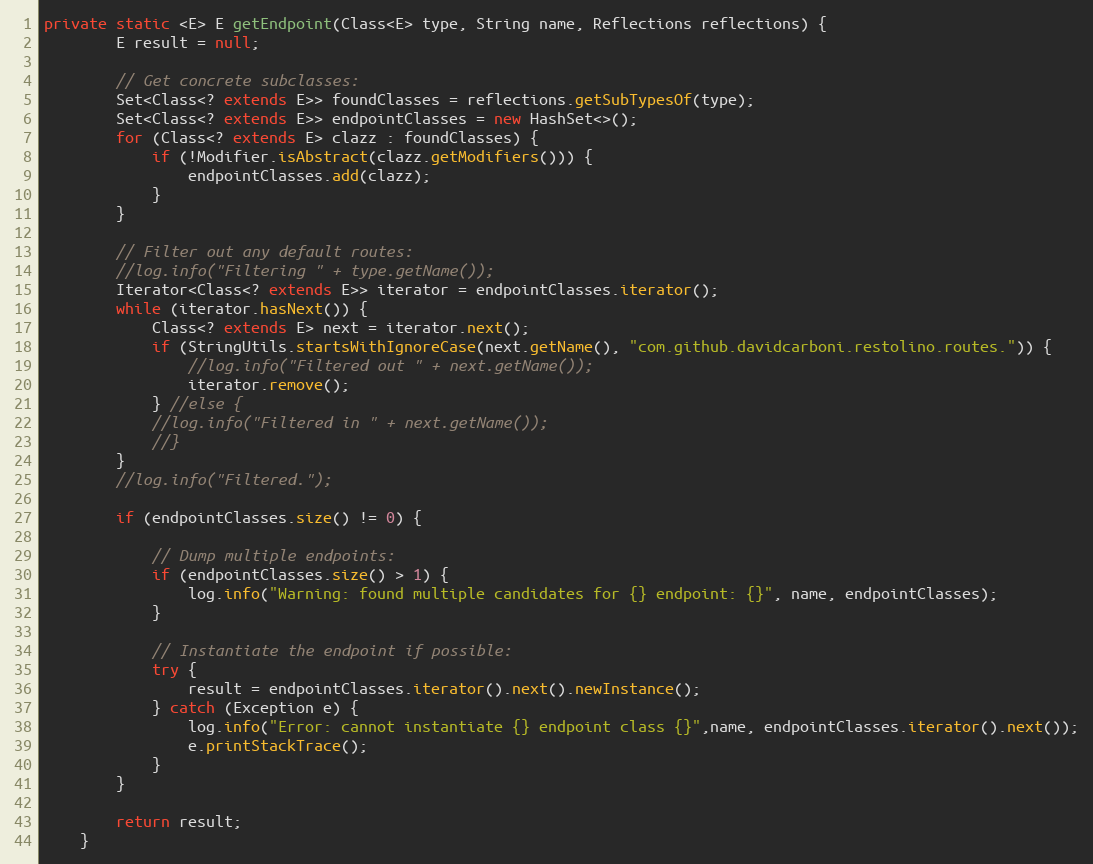
Language: Java
private static <E> E getEndpoint(Class<E> type, String name, Reflections reflections) {
        E result = null;

        // Get concrete subclasses:
        Set<Class<? extends E>> foundClasses = reflections.getSubTypesOf(type);
        Set<Class<? extends E>> endpointClasses = new HashSet<>();
        for (Class<? extends E> clazz : foundClasses) {
            if (!Modifier.isAbstract(clazz.getModifiers())) {
                endpointClasses.add(clazz);
            }
        }

        // Filter out any default routes:
        //log.info("Filtering " + type.getName());
        Iterator<Class<? extends E>> iterator = endpointClasses.iterator();
        while (iterator.hasNext()) {
            Class<? extends E> next = iterator.next();
            if (StringUtils.startsWithIgnoreCase(next.getName(), "com.github.davidcarboni.restolino.routes.")) {
                //log.info("Filtered out " + next.getName());
                iterator.remove();
            } //else {
            //log.info("Filtered in " + next.getName());
            //}
        }
        //log.info("Filtered.");

        if (endpointClasses.size() != 0) {

            // Dump multiple endpoints:
            if (endpointClasses.size() > 1) {
                log.info("Warning: found multiple candidates for {} endpoint: {}", name, endpointClasses);
            }

            // Instantiate the endpoint if possible:
            try {
                result = endpointClasses.iterator().next().newInstance();
            } catch (Exception e) {
                log.info("Error: cannot instantiate {} endpoint class {}",name, endpointClasses.iterator().next());
                e.printStackTrace();
            }
        }

        return result;
    }